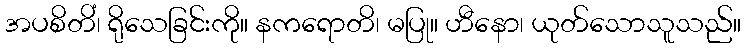
အပစိတိံ၊ ရိုသေခြင်းကို။ နကရောတိ၊ မပြု။ ဟီနော၊ ယုတ်သောသူသည်။